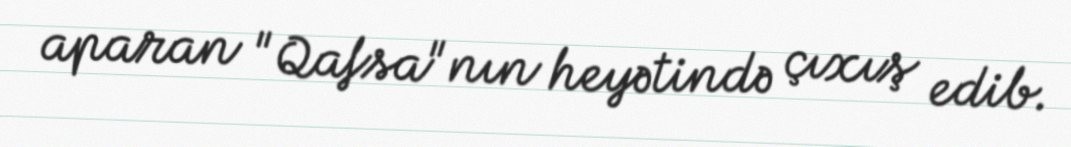
aparan "Qafsa"nın heyətində çıxış edib.